Indian journal of veterinary science and animal husbandry - Volumes 15-17, 1948-1951
Year: 1948
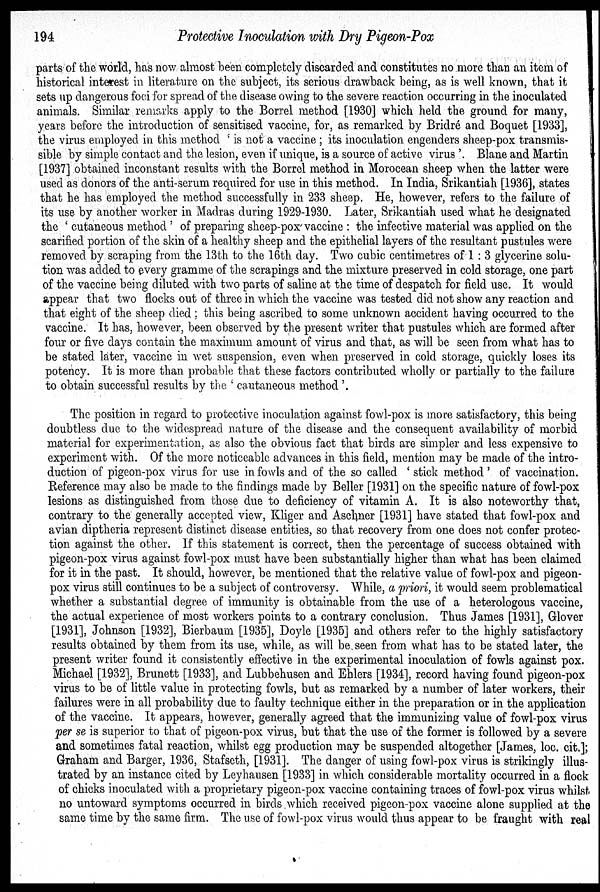
194
Protective Inoculation with Dry Pigeon-Pox
parts of the world, has now almost been completely discarded and constitutes no more than an item of
historical interest in literature on the subject, its serious drawback being, as is well known, that it
sets up dangerous foci for spread of the disease owing to the severe reaction occurring in the inoculated
animals. Similar remarks apply to the Borrel method [1930] which held the ground for many,
years before the introduction of sensitised vaccine, for, as remarked by Bridré and Boquet [1933],
the virus employed in this method ' is not a vaccine; its inoculation engenders sheep pox transmis-
sible by simple contact and the lesion, even if unique, is a source of active virus'. Blane and Martin
[1937] obtained inconstant results with the Borrel method in Morocean sheep when the latter were
used as donors of the anti-serum required for use in this method. In India, Srikantiah [1936], states
that he has employed the method successfully in 233 sheep. He, however, refers to the failure of
its use by another worker in Madras during 1929-1930. Later, Srikantiah used what he designated
the 'cutaneous method' of preparing sheep-pox vaccine: the infective material was applied on the
scarified portion of the skin of a healthy sheep and the epithelial layers of the resultant pustules were
removed by scraping from the 13th to the 16th day. Two cubic centimetres of 1:3 glycerine solu-
tion was added to every gramme of the scrapings and the mixture preserved in cold storage, one part
of the vaccine being diluted with two parts of saline at the time of despatch for field use. It would
appear that two flocks out of three in which the vaccine was tested did not show any reaction and
that eight of the sheep died; this being ascribed to some unknown accident having occurred to the
vaccine. It has, however, been observed by the present writer that pustules which are formed after
four or five days contain the maximum amount of virus and that, as will be seen from what has to
be stated later, vaccine in wet suspension, even when preserved in cold storage, quickly loses its
potency. It is more than probable that these factors contributed wholly or partially to the failure
to obtain successful results by the 'cautaneous method'.
The position in regard to protective inoculation against fowl-pox is more satisfactory, this being
doubtless due to the widespread nature of the disease and the consequent availability of morbid
material for experimentation, as also the obvious fact that birds are simpler and less expensive to
experiment with. Of the more noticeable advances in this field, mention may be made of the intro-
duction of pigeon-pox virus for use in fowls and of the so called 'stick method' of vaccination.
Reference may also be made to the findings made by Beller [1931] on the specific nature of fowl-pox
lesions as distinguished from those due to deficiency of vitamin A. It is also noteworthy that,
contrary to the generally accepted view, Kliger and Aschner [1931] have stated that fowl-pox and
avian diptheria represent distinct disease entities, so that recovery from one does not confer protec-
tion against the other. If this statement is correct, then the percentage of success obtained with
pigeon-pox virus against fowl-pox must have been substantially higher than what has been claimed
for it in the past. It should, however, be mentioned that the relative value of fowl-pox and pigeon-
pox virus still continues to be a subject of controversy. While, a priori, it would seem problematical
whether a substantial degree of immunity is obtainable from the use of a heterologous vaccine,
the actual experience of most workers points to a contrary conclusion. Thus James [1931], Glover
[1931], Johnson [1932], Bierbaum [1935], Doyle [1935] and others refer to the highly satisfactory
results obtained by them from its use, while, as will be seen from what has to be stated later, the
present writer found it consistently effective in the experimental inoculation of fowls against pox.
Michael [1932], Brunett [1933], and Lubbehusen and Ehlers [1934], record having found pigeon-pox
virus to be of little value in protecting fowls, but as remarked by a number of later workers, their
failures were in all probability due to faulty technique either in the preparation or in the application
of the vaccine. It appears, however, generally agreed that the immunizing value of fowl-pox virus
per se is superior to that of pigeon-pox virus, but that the use of the former is followed by a severe
and sometimes fatal reaction, whilst egg production may be suspended altogether [James, loc. cit.];
Graham and Barger, 1936, Stafseth, [1931]. The danger of using fowl-pox virus is strikingly illus-
trated by an instance cited by Leyhausen [1933] in which considerable mortality occurred in a flock
of chicks inoculated with a proprietary pigeon-pox vaccine containing traces of fowl-pox virus whilst
no untoward symptoms occurred in birds which received pigeon-pox vaccine alone supplied at the
same time by the same firm. The use of fowl-pox virus would thus appear to be fraught with real